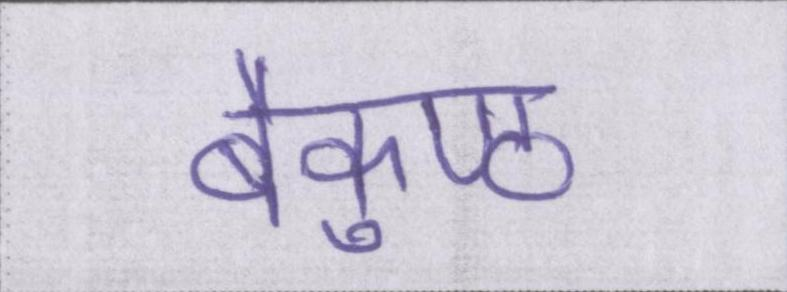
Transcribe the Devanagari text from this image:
बैकुण्ठ